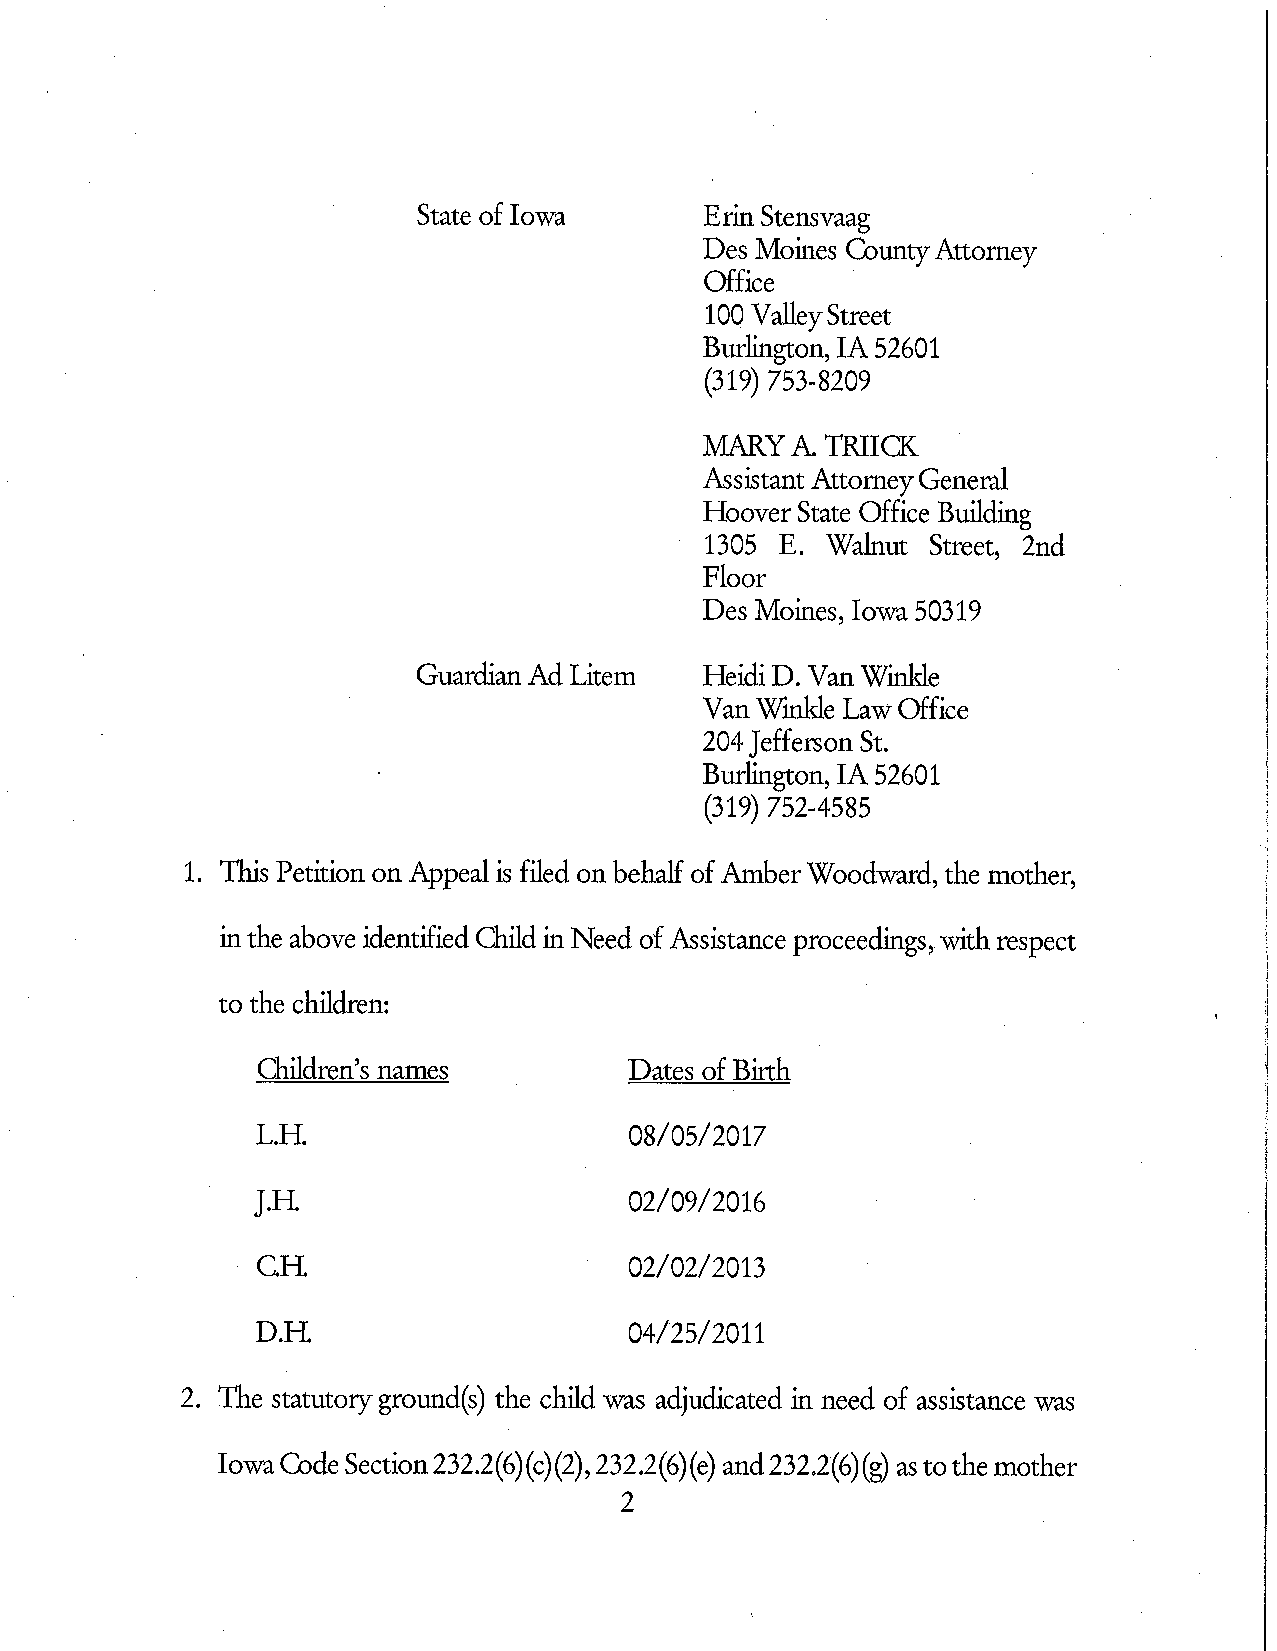
State of Iowa      Effi Stensvaag
 Des Moines CountyAttomey
 Office
 100 ValleyStreet
 Burlington, IA 52601
 (319) 753-8209
 MARY  A TRIICK
 Assistant AttorneyGeneral
 Hoover State Office Building
 1305 E. Walnut Street, 2nd
 Floor
 Des Moines, Iowa 50319
 GuardianAd Litem
 Van '\X7e Law Ofafice
 204 Jefferson St.
 Burlington, IA 52601
 (319) 752-4585
 1. ThisPetitiononAppealisfiledonbehalfofAmberWoodward,themother,
 inffie above identified Child in Need of Assistance proceedings, with respect
 to the children:
 a'iildren's names        Dates of Birth
 L.H.                     08/05/2017
 J.H.                     02/09/2016
 CH.                      02/02/2013
 D.H.                     04/25/2011
 2 . The statutoryground(s) the child was adjudicated in need of assistance was
 IowaCodeSection232.2(6)(c)(2),232.2(6)(e) and232.2(6)(g) astothemother
 2